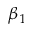
\beta _ { 1 }